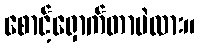
စောင့်ရှောက်တာပဲလား။